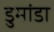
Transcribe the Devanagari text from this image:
डुमांडा